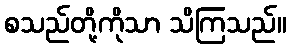
စသည်တို့ကိုသာ သိကြသည်။